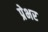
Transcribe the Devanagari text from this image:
प्रेभर